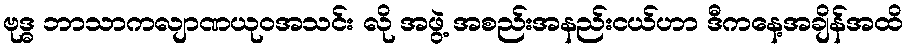
ဗုဒ္ဓ ဘာသာကလျာဏယုဝအသင်း လို အဖွဲ့ အစည်းအနည်းငယ်ဟာ ဒီကနေ့အချိန်အထိ